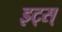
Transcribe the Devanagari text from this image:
इट्स्